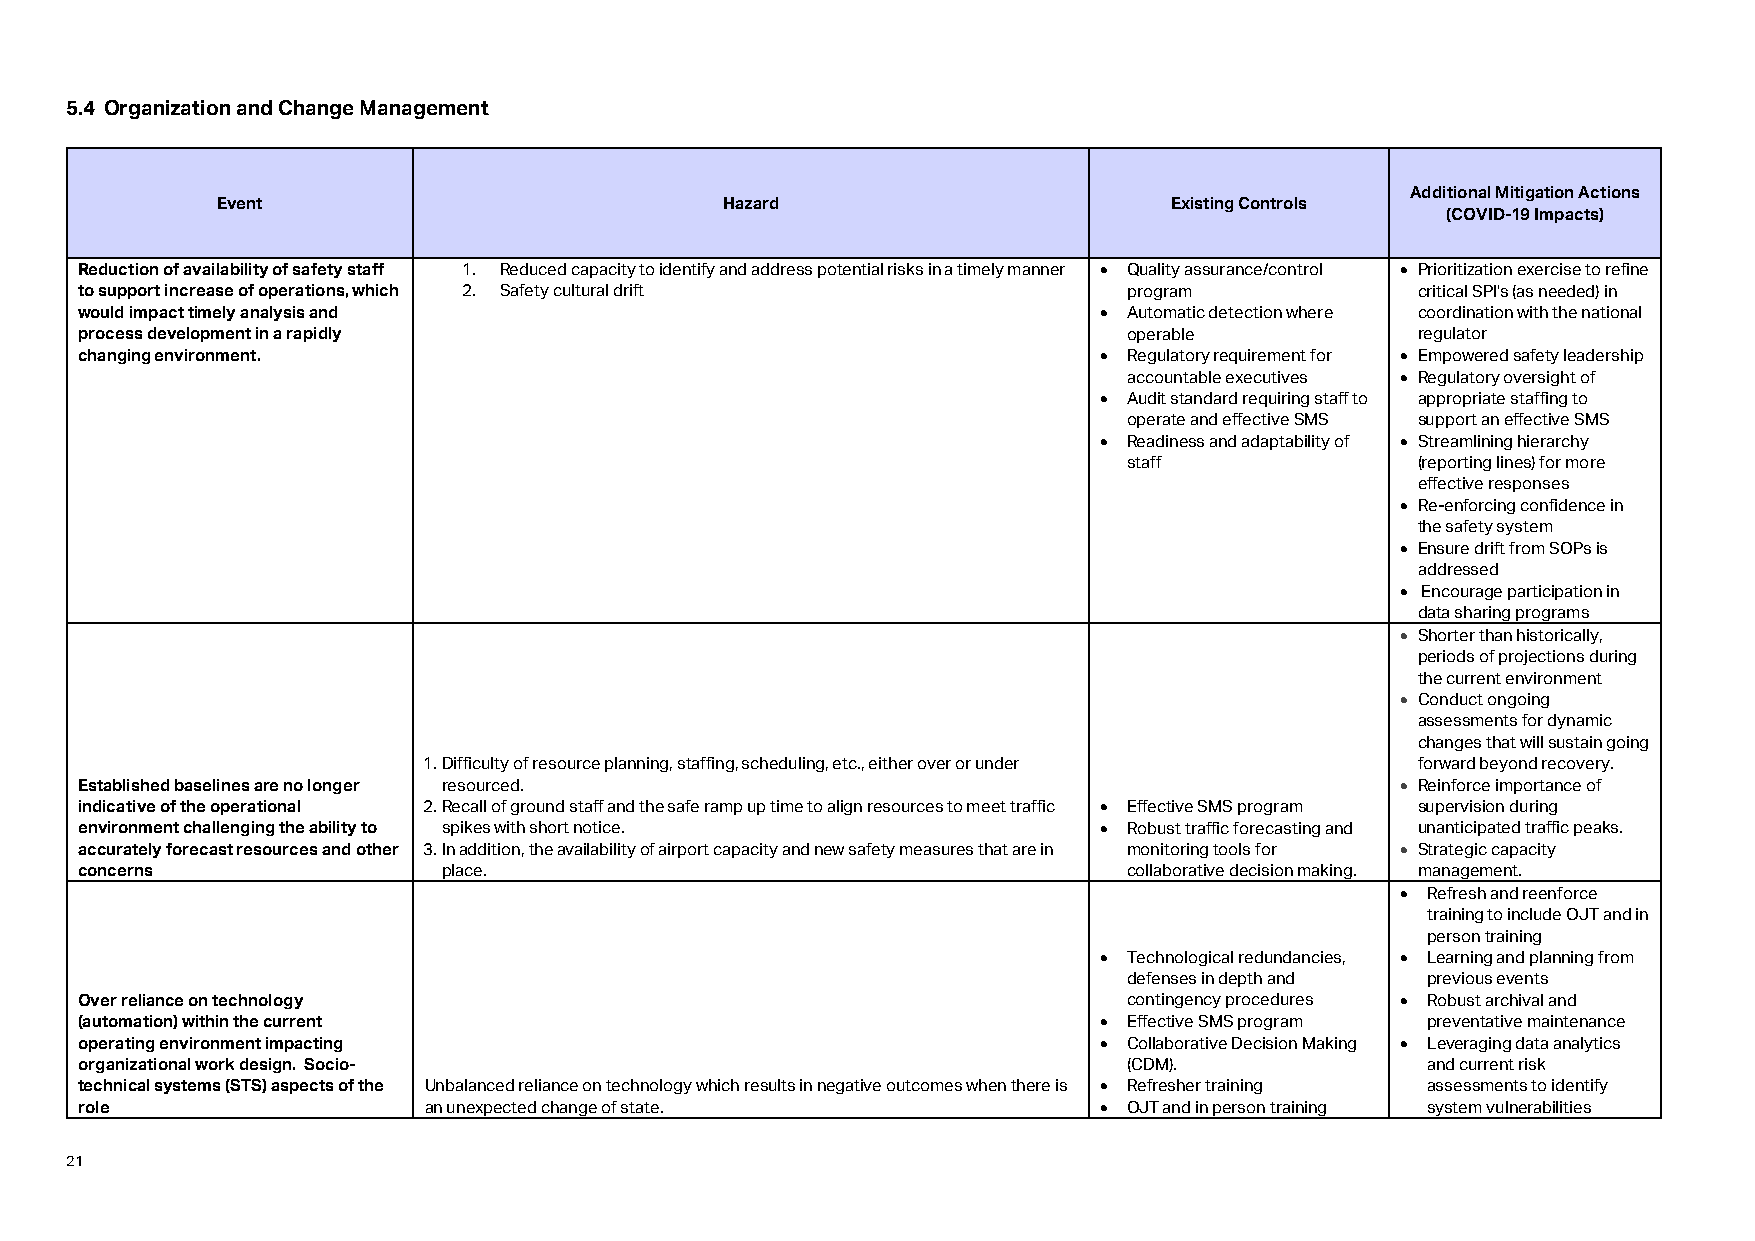
5.4 Organization and Change Management
 Additional Mitigation Actions
 Event                             Hazard                       Existing Controls
 (COVID-19 Impacts)
 Reduction of availability of safety staff 1. Reduced capacity to identify and address potential risks in a timely manner • Quality assurance/control • Prioritization exercise to refine
 to support increase of operations, which 2. Safety cultural drift     program            critical SPI's (as needed) in
 would impact timely analysis and                                    • Automatic detection where coordination with the national
 process development in a rapidly                                      operable           regulator
 changing environment.                                               • Regulatory requirement for • Empowered safety leadership
 accountable executives • Regulatory oversight of
 • Audit standard requiring staff to appropriate staffing to
 operate and effective SMS support an effective SMS
 • Readiness and adaptability of • Streamlining hierarchy
 staff              (reporting lines) for more
 effective responses
 • Re-enforcing confidence in
 the safety system
 • Ensure drift from SOPs is
 addressed
 • Encourage participation in
 data sharing programs
 • Shorter than historically,
 periods of projections during
 the current environment
 • Conduct ongoing
 assessments for dynamic
 changes that will sustain going
 1. Difficulty of resource planning, staffing, scheduling, etc., either over or under forward beyond recovery.
 Established baselines are no longer resourced.                                          • Reinforce importance of
 indicative of the operational 2. Recall of ground staff and the safe ramp up time to align resources to meet traffic • Effective SMS program supervision during
 environment challenging the ability to spikes with short notice.    • Robust traffic forecasting and unanticipated traffic peaks.
 accurately forecast resources and other 3. In addition, the availability of airport capacity and new safety measures that are in monitoring tools for • Strategic capacity
 concerns                place.                                        collaborative decision making. management.
 • Refresh and reenforce
 training to include OJT and in
 person training
 • Technological redundancies, • Learning and planning from
 defenses in depth and previous events
 Over reliance on technology                                           contingency procedures • Robust archival and
 (automation) within the current                                     • Effective SMS program preventative maintenance
 operating environment impacting                                     • Collaborative Decision Making • Leveraging data analytics
 organizational work design. Socio-                                    (CDM).             and current risk
 technical systems (STS) aspects of the Unbalanced reliance on technology which results in negative outcomes when there is • Refresher training assessments to identify
 role                   an unexpected change of state.               • OJT and in person training system vulnerabilities
 21